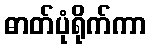
ဓာတ်ပုံရိုက်ကာ